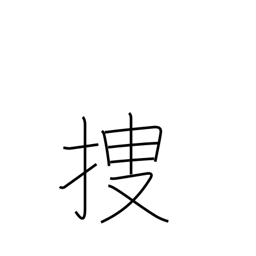
Meaning: locate